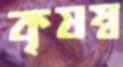
কৃষম্ব